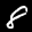
Label: 8